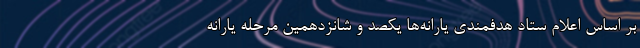
بر اساس اعلام ستاد هدفمندی یارانه‌ها یکصد و شانزدهمین مرحله یارانه